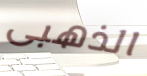
الذهبى